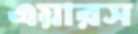
এয়ারস